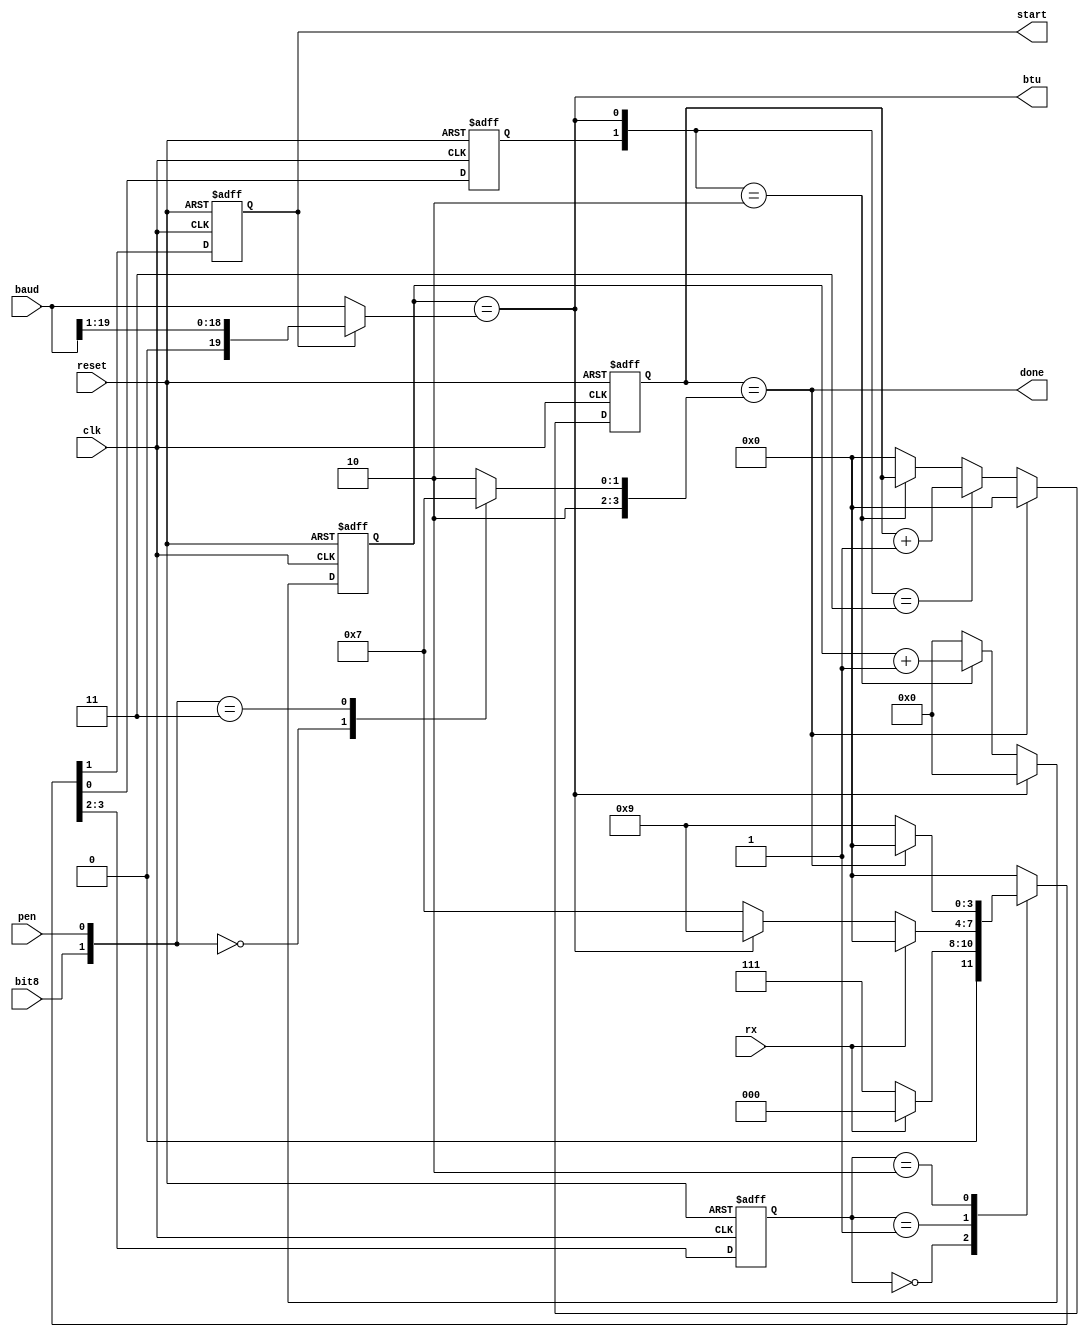
`timescale 1ns / 1ps
//****************************************************************//
//                                                                //
//  Created by       Thomas Nguyen on 3/18/19.                    //
//  Copyright c 2019 Thomas Nguyen. All rights reserved.          //
//                                                                //
//                                                                //
//  In submitting this file for class work at CSULB               //
//  I am confirming that this is my work and the work             //
//  of no one else. In submitting this code I acknowledge that    //
//  plagiarism in student project work is subject to dismissal.   //
//  from the class                                                //
//****************************************************************//
module rx_control(clk, reset, rx, baud, start, bit8, pen, done, btu);

   input         clk, reset;
   input         rx;
   input         bit8, pen;
   input  [19:0] baud;
   output        btu;
   output        done;

   //Present Output
   output        start;
   reg           start;
   reg           doit;
   reg     [1:0] state;
   
   //Next Outputs
   reg           nstart, ndoit;
   reg     [1:0] nstate;
   
   //Counters
   reg     [3:0] bc, bc_i;     //Bit Count Value
   reg    [19:0] btc, btc_i;   //Bit Time Count Value

   reg     [3:0] num;
   wire   [19:0] start_mux;

   ////////////COUNTERS//////////////////
   //Bit Time Counter
   assign btu = (btc_i == start_mux);

   always@(*)
      if(btu)         btc = 20'b0; 
      else if({doit, btu} == 2'b10)
                      btc = btc_i + 20'b1;
      else            btc = 20'b0;

   always@(posedge clk, posedge reset)
      if(reset)       btc_i <= 20'b0;
      else            btc_i <= btc;
      
   //Bit Counter
   assign done = (bc_i == num);

   always@(*)
      if(done)        bc = 4'b0;
      else if({doit, btu} == 2'b11)
                      bc = bc_i + 4'b1;
      else if({doit, btu} == 2'b10)
                      bc = bc_i;
      else            bc = 4'b0;

   always@(posedge clk, posedge reset)
      if(reset)       bc_i <= 4'b0;
      else            bc_i <= bc;
   
   //Combination logic for Bit Counter to increment to
   always@(*)
      case({bit8, pen})
         2'b00  : num = 4'h9;
         2'b11  : num = 4'hB;
         default: num = 4'hA;
      endcase

   //Start Select Mux for K and K/2   
   assign start_mux = (start) ? (baud >> 1) : baud;

   //FINITE STATE MACHINE (FSM)
   //Modified Moore to ensure that the start bit remains
   //active for half a bit time.
   always@(posedge clk, posedge reset)
      if(reset) {state, start, doit} <= 4'b00_0_0;
      else      {state, start, doit} <= {nstate, nstart, ndoit};
      
   always@(*)
      case(state)
         2'b00  : {nstate, nstart, ndoit} = (rx)   ? 4'b00_0_0 : 
                                                     4'b01_1_1 ;
         2'b01  : {nstate, nstart, ndoit} = (rx)   ? 4'b00_0_0 :
                                            (!btu) ? 4'b01_1_1 :
                                                     4'b10_0_1 ;
         2'b10  : {nstate, nstart, ndoit} = (done) ? 4'b00_0_0 :
                                                     4'b10_0_1 ;
         default: {nstate, nstart, ndoit} =          4'b00_0_0 ;
      endcase
      
endmodule